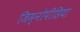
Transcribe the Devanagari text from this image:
जिम्नोपीडिया